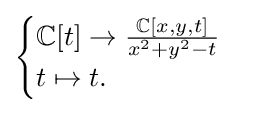
{\begin{cases}\mathbb {C} [t]\to {\frac {\mathbb {C} [x,y,t]}{x^{2}+y^{2}-t}}\\t\mapsto t.\\\end{cases}}